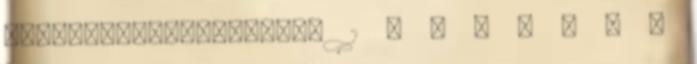
Miskolc-Egyetemváros 1 Ö N É L E T R